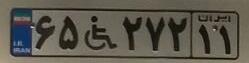
۶۵+۲۷۲۱۱